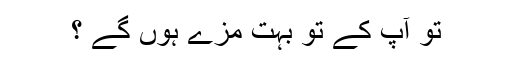
تو آپ کے تو بہت مزے ہوں گے ؟